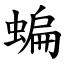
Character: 蝙